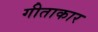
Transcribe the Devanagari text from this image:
गीताकार